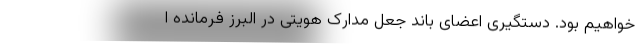
خواهیم بود. دستگیری اعضای باند جعل مدارک هویتی در البرز فرمانده ا